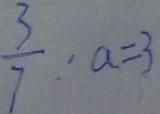
\frac { 3 } { 7 } : a = 3